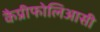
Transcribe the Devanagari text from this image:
कैप्रीफोलिआसी